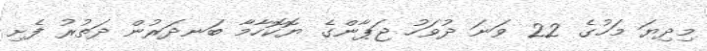
މިދިޔަ މަހުގެ 22 ވަނަ ދުވަހު ޖަޕާންގެ ޔޮކޮހާމާ ބަނދަރުން ދަތުރު ފެށި